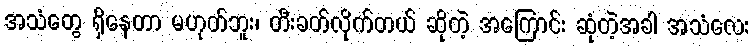
အသံတွေ ရှိနေတာ မဟုတ်ဘူး၊ တီးခတ်လိုက်တယ် ဆိုတဲ့ အကြောင်း ဆုံတဲ့အခါ အသံလေး